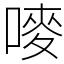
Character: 嘜